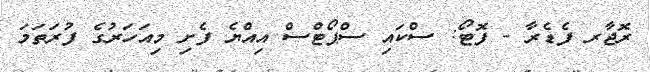
ރޮޖާރ ފެޑެރާ - ފޮޓޯ: ސްކައި ސްޕޯޓްސް އިއްޔެ ފެށި މިއަހަރުގެ ފުރަތަމަ